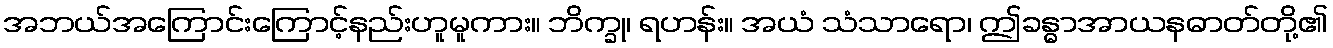
အဘယ်အကြောင်းကြောင့်နည်းဟူမူကား။ ဘိက္ခု၊ ရဟန်း။ အယံ သံသာရော၊ ဤခန္ဓာအာယနဓာတ်တို့၏